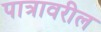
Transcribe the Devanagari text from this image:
पात्रावरील